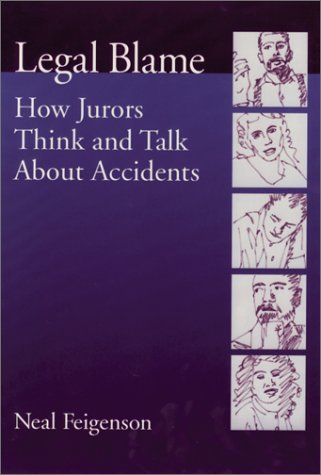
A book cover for Legal Blame: How Jurors Think and Talk About Accidents (Law and Public Policy); Neal Feigenson; Law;